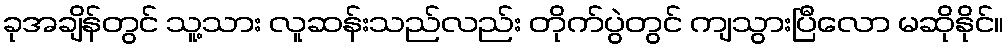
ခုအချိန်တွင် သူ့သား လူဆန်းသည်လည်း တိုက်ပွဲတွင် ကျသွားပြီလော မဆိုနိုင်။